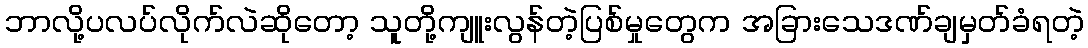
ဘာလို့ပလပ်လိုက်လဲဆိုတော့ သူတို့ကျူးလွန်တဲ့ပြစ်မှုတွေက အခြားသေဒဏ်ချမှတ်ခံရတဲ့